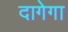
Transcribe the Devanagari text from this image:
दागेगा